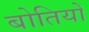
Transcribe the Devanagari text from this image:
बोतियों